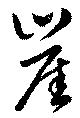
崖